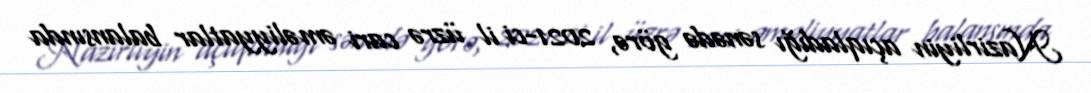
Nazirliyin açıqladığı sənədə görə, 2021-ci il üzrə cari əməliyyatlar balansında